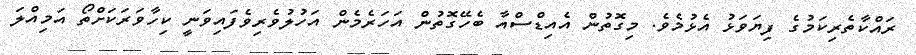
ރައްކާތެރިކަމުގެ ފިޔަވަޅު އެޅުމެވެ. މިގޮތުން އެއިޑްސްއާ ބެހޭގޮތުން އަހަރެމެން އަހުލުވެރިވެފައިވަނީ ކިހާވަރަކަށްތޯ އަމިއްލަ